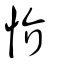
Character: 忦